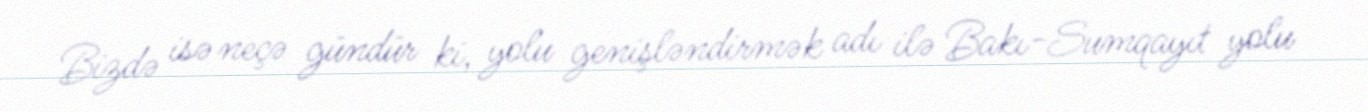
Bizdə isə neçə gündür ki, yolu genişləndirmək adı ilə Bakı-Sumqayıt yolu